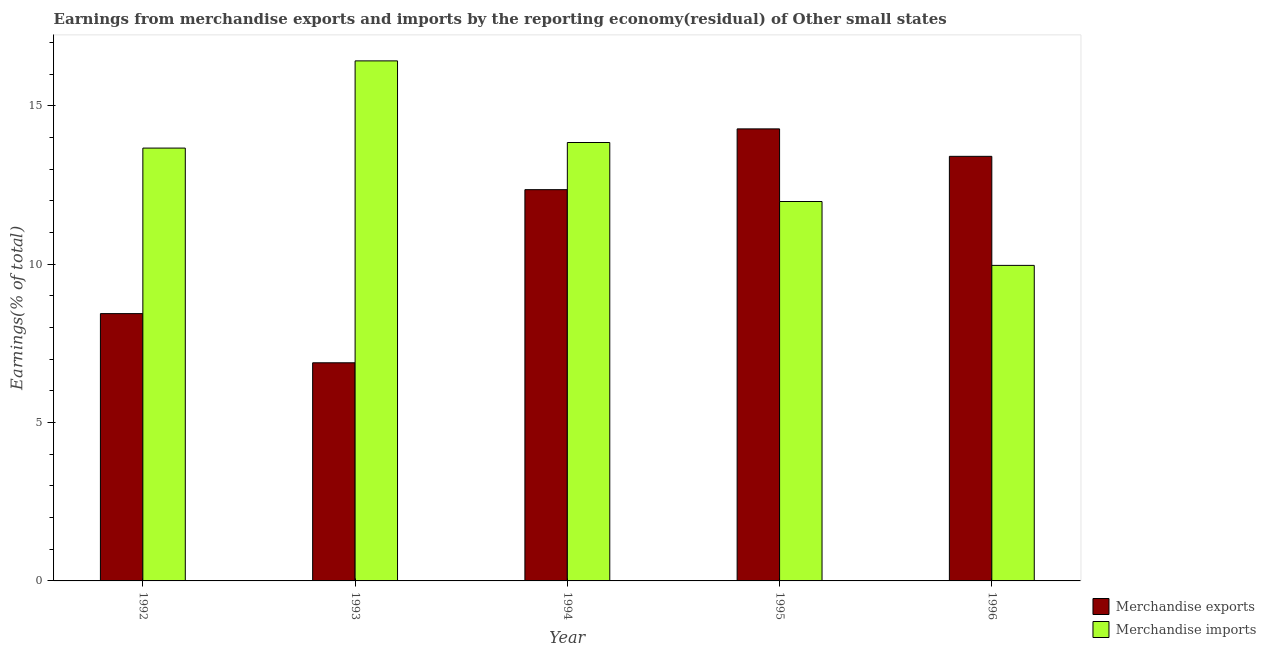
| Year | Merchandise exports | Merchandise imports |
 | --- | --- | --- |
 | 1992 | 8.44 | 13.7 |
 | 1993 | 6.89 | 16.4 |
 | 1994 | 12.4 | 13.8 |
 | 1995 | 14.3 | 12 |
 | 1996 | 13.4 | 9.96 |